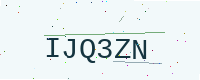
Text: IJQ3ZN